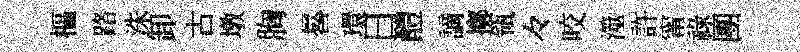
樞路洙卸古墩胸晷環日醴謫擲瓴々咬澨許甯祿團